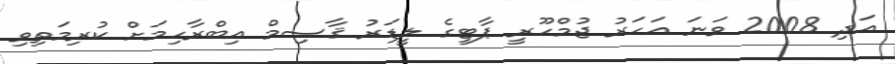
އަދި 2008 ވަނަ އަހަރު ޖުމްހޫރީ ޕާޓީގެ ލީޑަރު ޤާސިމް އިބްރާހިމަށް ކުރިމަތިވި